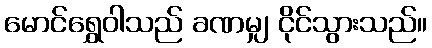
မောင်ရွှေဝါသည် ခဏမျှ ငိုင်သွားသည်။